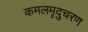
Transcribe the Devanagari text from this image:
कमलमृदुचरण